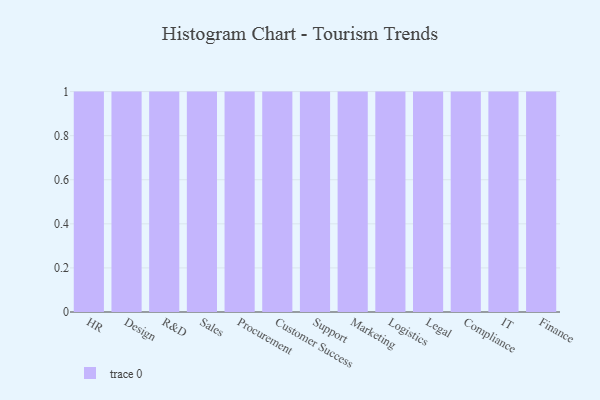
{"axis": {"x": "Department", "y": "Market Share (%)"}, "legend": [""], "data": [{"x": "HR", "y": 61, "type": ""}, {"x": "Design", "y": 11, "type": ""}, {"x": "R&D", "y": 70, "type": ""}, {"x": "Sales", "y": 35, "type": ""}, {"x": "Procurement", "y": 23, "type": ""}, {"x": "Customer Success", "y": 99, "type": ""}, {"x": "Support", "y": 42, "type": ""}, {"x": "Marketing", "y": 63, "type": ""}, {"x": "Logistics", "y": 96, "type": ""}, {"x": "Legal", "y": 82, "type": ""}, {"x": "Compliance", "y": 4, "type": ""}, {"x": "IT", "y": 40, "type": ""}, {"x": "Finance", "y": 74, "type": ""}]}